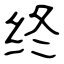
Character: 终